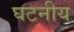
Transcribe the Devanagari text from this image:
घटनीय